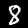
Label: 8